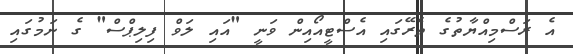
އެ ރަސްމިއްޔާތުގެ ތެރޭގައި އެސްޓީއޯއިން ވަނީ "އައި ލަވް ފިލިޕްސް" ގެ ނަމުގައި